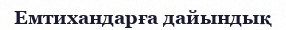
Емтихандарға дайындық